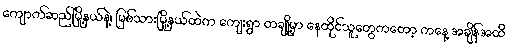
ကျောက်ဆည်မြို့နယ်နဲ့၊ မြစ်သားမြို့နယ်ထဲက ကျေးရွာ တချို့မှာ နေထိုင်သူတွေကတော့ ကနေ့ အချိန်အထိ